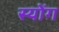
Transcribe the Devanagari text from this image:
स्योंग